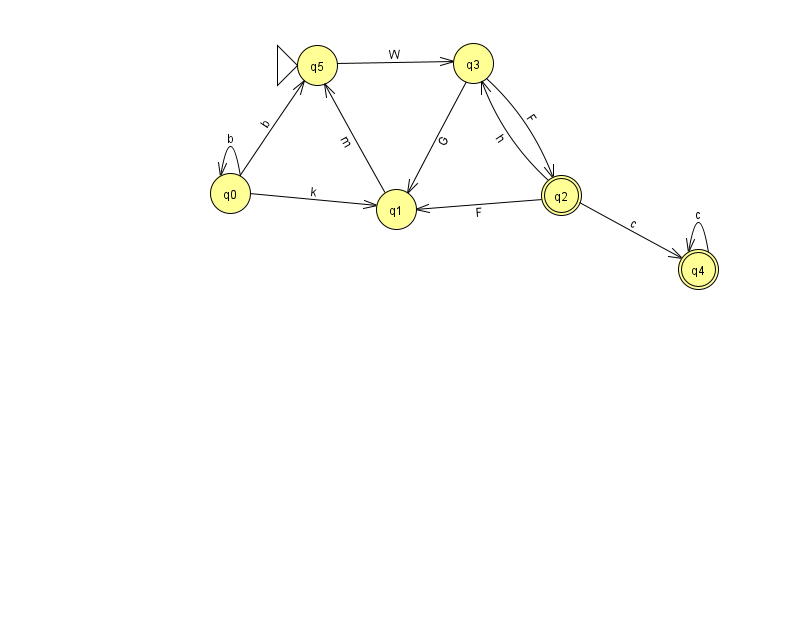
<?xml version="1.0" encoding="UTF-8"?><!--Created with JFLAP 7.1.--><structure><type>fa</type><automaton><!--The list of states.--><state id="0" name="q0"><x>230.0</x><y>180.0</y></state><state id="1" name="q1"><x>396.0</x><y>196.0</y></state><state id="2" name="q2"><x>561.0</x><y>182.0</y><final/></state><state id="3" name="q3"><x>473.0</x><y>50.0</y></state><state id="4" name="q4"><x>698.0</x><y>256.0</y><final/></state><state id="5" name="q5"><x>317.0</x><y>52.0</y><initial/></state><!--The list of transitions.--><transition><from>0</from><to>0</to><read>b</read></transition><transition><from>2</from><to>3</to><read>h</read></transition><transition><from>4</from><to>4</to><read>c</read></transition><transition><from>0</from><to>5</to><read>b</read></transition><transition><from>2</from><to>1</to><read>F</read></transition><transition><from>2</from><to>4</to><read>c</read></transition><transition><from>3</from><to>2</to><read>F</read></transition><transition><from>1</from><to>5</to><read>m</read></transition><transition><from>3</from><to>1</to><read>G</read></transition><transition><from>5</from><to>3</to><read>W</read></transition><transition><from>0</from><to>1</to><read>k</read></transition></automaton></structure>